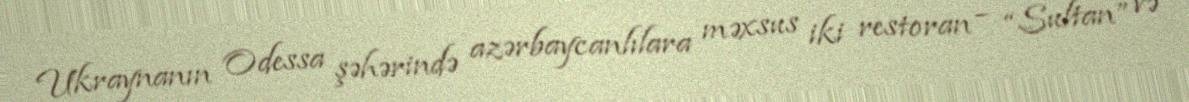
Ukraynanın Odessa şəhərində azərbaycanlılara məxsus iki restoran – “Sultan” və